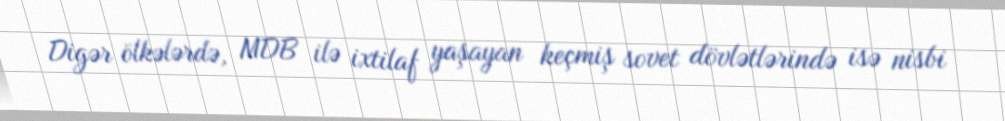
Digər ölkələrdə, MDB ilə ixtilaf yaşayan keçmiş sovet dövlətlərində isə nisbi